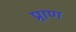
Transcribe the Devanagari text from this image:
प्र्राण